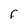
Character: F